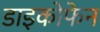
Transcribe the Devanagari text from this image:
डाइकोफेन